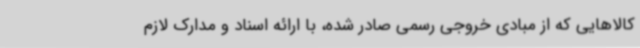
کالاهایی که از مبادی خروجی رسمی صادر شده، با ارائه اسناد و مدارک لازم